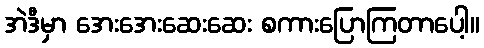
အဲဒီမှာ အေးအေးဆေးဆေး စကားပြောကြတာပေါ့။